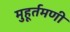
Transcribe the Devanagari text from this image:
मुहूर्तमणी